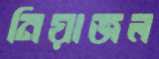
নিয়াজল